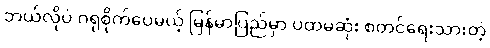
ဘယ်လိုပဲ ဂရုစိုက်ပေမယ့် မြန်မာပြည်မှာ ပထမဆုံး စတင်ရေးသားတဲ့